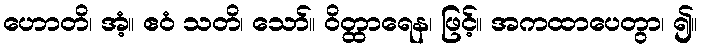
ဟောတိ၊ အံ့။ ဧဝံ သတိ၊ သော်။ ဝိတ္ထာရေန၊ ဖြင့်။ အကထာပေတွာ၊ ၍။